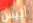
أليس